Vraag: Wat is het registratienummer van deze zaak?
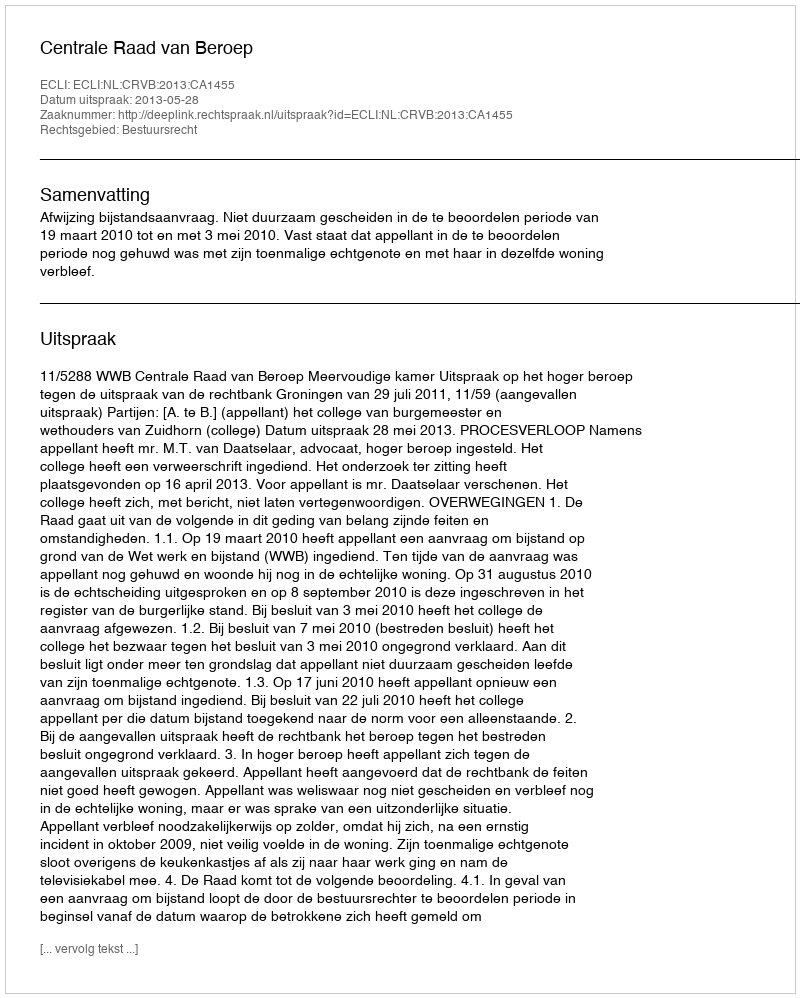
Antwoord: http://deeplink.rechtspraak.nl/uitspraak?id=ECLI:NL:CRVB:2013:CA1455